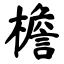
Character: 檐